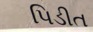
પિડીત